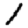
Digit: 1